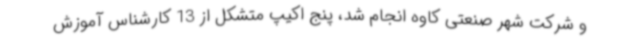
و شرکت شهر صنعتی کاوه انجام شد، پنج اکیپ متشکل از 13 کارشناس آموزش